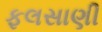
ફલસાણી